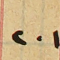
٢٠١